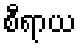
စီရာယ